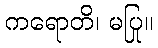
ကရောတိ၊ မပြု။